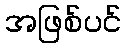
အဖြစ်ပင်